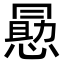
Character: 𭞕